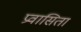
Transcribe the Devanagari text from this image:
प्रवासिता